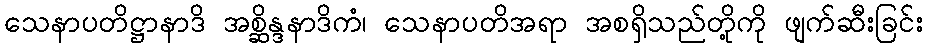
သေနာပတိဋ္ဌာနာဒိ အစ္ဆိန္ဒနာဒိကံ၊ သေနာပတိအရာ အစရှိသည်တို့ကို ဖျက်ဆီးခြင်း